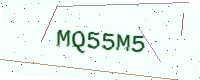
Text: MQ55M5